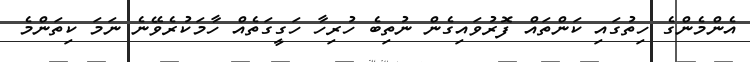
އެންމެންގެ ހިތުގައި ކަންތައް ފޮރުވައިގެން ނުތިބެ ހުރިހާ ހަގީގަތެއް ހާމަކުރެވޭނެ ނަމަ ކިތަންމެ